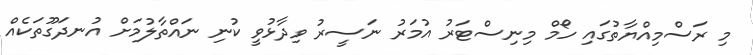
މި ރަސްމިއްޔާތުގައި ހޯމް މިނިސްޓަރު އުމަރު ނަސީރު ވިދާޅުވީ ކުނި ނައްތާލުމަށް އުނދަގޫތަކެއް